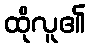
ထိုလူ၏